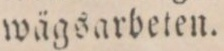
wägsarbeten.